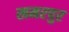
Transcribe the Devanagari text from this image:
खमरपुर